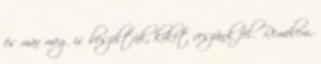
és már meg is beszéltük, kiket veszünk fel. Remélem,